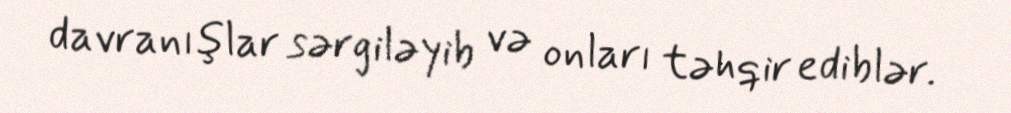
davranışlar sərgiləyib və onları təhqir ediblər.